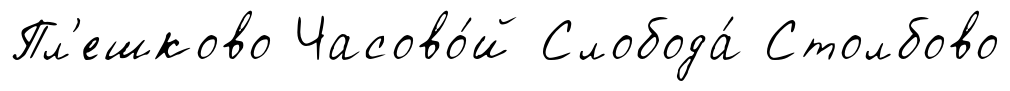
Пл'ешково Часово́й Слобода́ Столбово